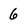
Character: 6